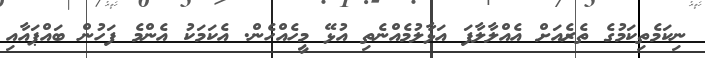
ނިކަމެތިކަމުގެ ތެރެއަށް އެއްލާލާފަ އަޅާލުމެއްނެތި އުޅޭ މީހެއްހެން. އެކަމަކު އެންމެ ފަހުން ބައްޕައާއި